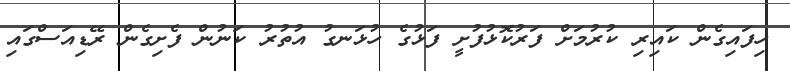
ހިފައިގެން ކައިރި ކުރުމަށް ފަރުކޮޅުފުށީ ފަޅުގެ ހުޅަނގު އުތުރު ކަނުން ފެށިގެން ރޭޑިއަސްގައި